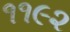
૧૧૯૨